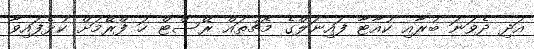
އަދި ދެވަނަ ބުރާއި ކުއާޓާ ފައިނަލްގެ މެޗުތައް ރޭސްޓް ހަ ފްރޭމަށް ކުޅެފައިވާ